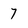
Character: 7